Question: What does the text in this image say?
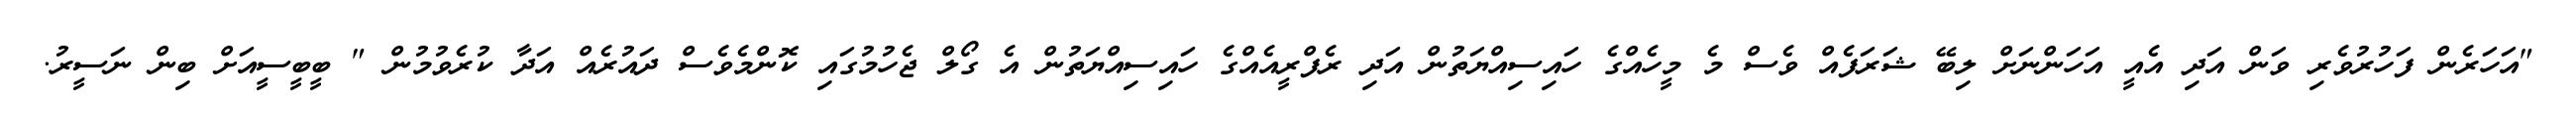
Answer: "އަހަރެން ފަހުރުވެރި ވަން އަދި އެއީ އަހަންނަށް ލިބޭ ޝަރަފެއް ވެސް މެ މީހެއްގެ ހައިސިއްޔަތުން އަދި ރެފްރީއެއްގެ ހައިސިއްޔަތުން އެ ގޯލް ޖެހުމުގައި ކޮންމެވެސް ދައުރެއް އަދާ ކުރެވުމުން " ބީބީސީއަށް ބިން ނަސީރު.